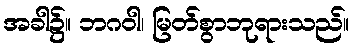
အခါ၌။ ဘဂဝါ၊ မြတ်စွာဘုရားသည်။